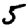
Digit: 5